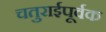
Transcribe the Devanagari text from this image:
चतुराईपूर्वक